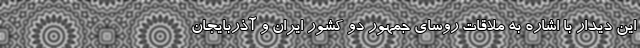
این دیدار با اشاره به ملاقات روسای جمهور دو کشور ایران و ‌آذربایجان